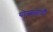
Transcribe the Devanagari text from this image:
योगसमाधी